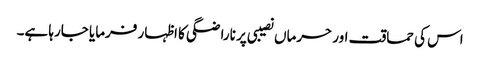
اس کی حماقت اور حرماں نصیبی پر ناراضگی کا اظہار فرمایا جارہا ہے۔